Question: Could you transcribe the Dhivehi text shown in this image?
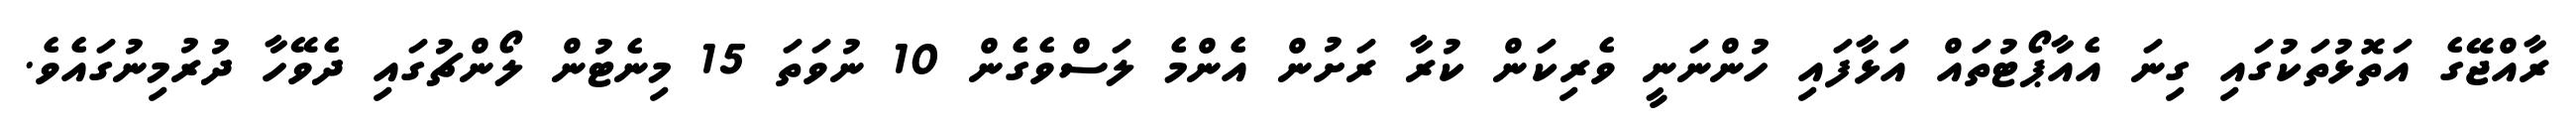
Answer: ރާއްޖޭގެ އަތޮޅުތަކުގައި ގިނަ އެއާޕޯޓުތައް އަޅާފައި ހުންނަނީ ވެރިކަން ކުރާ ރަށުން އެންމެ ލަސްވެގެން 10 ނުވަތަ 15 މިނެޓުން ލޯންޗުގައި ދެވޭހާ ދުރުމިނުގައެވެ.